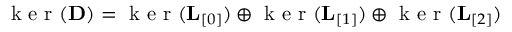
\begin{array} { r } { \mathrm { ~ k ~ e ~ r ~ } ( { \bf D } ) = \mathrm { ~ k ~ e ~ r ~ } ( { \bf L } _ { [ 0 ] } ) \oplus \mathrm { ~ k ~ e ~ r ~ } ( { \bf L } _ { [ 1 ] } ) \oplus \mathrm { ~ k ~ e ~ r ~ } ( { \bf L } _ { [ 2 ] } ) } \end{array}